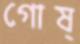
গোষ্